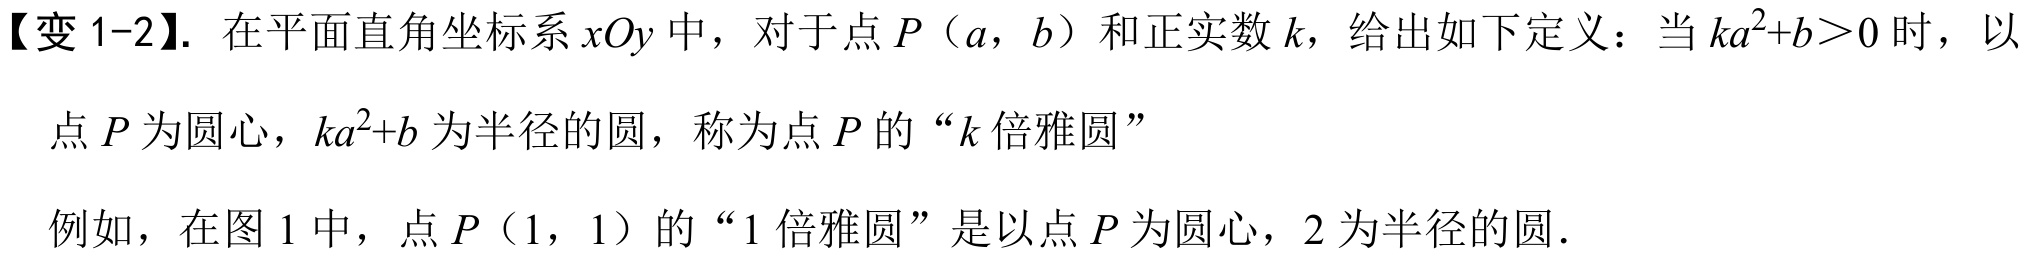
【变 1-2】. 在平面直角坐标系 \(xOy\) 中，对于点 \(P(a,b)\) 和正实数 \(k\)，给出如下定义：当 \(ka^{2}+b>0\) 时，以
点 \(P\) 为圆心，\(ka^{2}+b\) 为半径的圆，称为点 \(P\) 的“\(k\) 倍雅圆”
例如，在图 1 中，点 \(P(1,1)\) 的“\(1\) 倍雅圆”是以点 \(P\) 为圆心，\(2\) 为半径的圆．